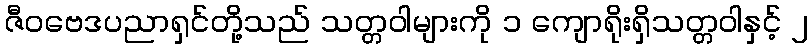
ဇီဝဗေဒပညာရှင်တို့သည် သတ္တဝါများကို ၁ ကျောရိုးရှိသတ္တဝါနှင့် ၂